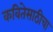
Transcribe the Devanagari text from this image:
कवितेसाठीचा